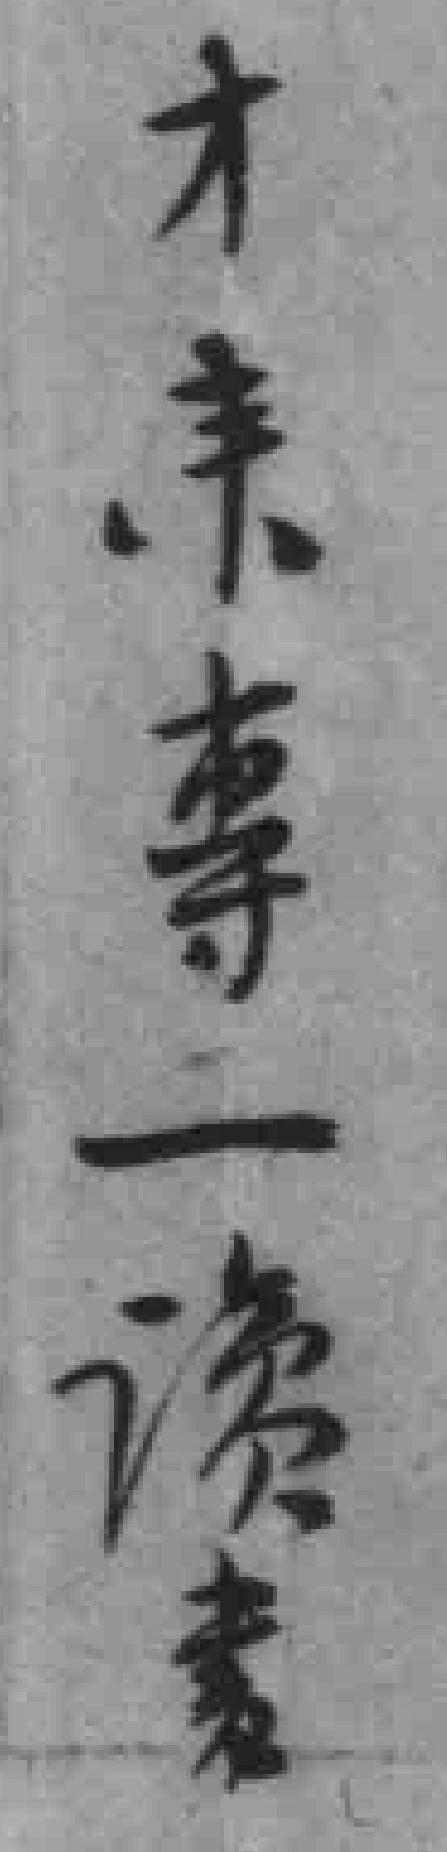
才来專一讀書